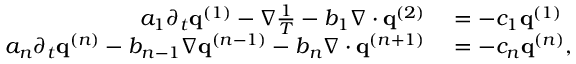
\begin{array} { r l } { a _ { 1 } \partial _ { t } \mathbf q ^ { ( 1 ) } - \nabla \frac { 1 } { T } - b _ { 1 } \nabla \cdot \mathbf q ^ { ( 2 ) } } & { { } = - c _ { 1 } \mathbf q ^ { ( 1 ) } } \\ { a _ { n } \partial _ { t } \mathbf q ^ { ( n ) } - b _ { n - 1 } \nabla \mathbf q ^ { ( n - 1 ) } - b _ { n } \nabla \cdot \mathbf q ^ { ( n + 1 ) } } & { { } = - c _ { n } \mathbf q ^ { ( n ) } , } \end{array}